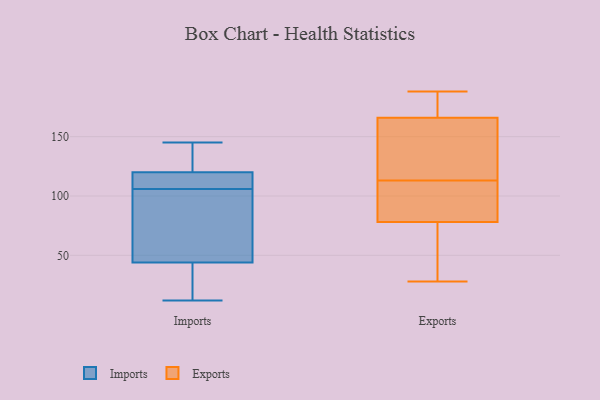
{"axis": {"x": "Churn Rate (%)", "y": "Value"}, "legend": ["Exports", "Imports"], "data": [{"x": "", "y": 42, "type": "Imports"}, {"x": "", "y": 108, "type": "Imports"}, {"x": "", "y": 112, "type": "Imports"}, {"x": "", "y": 12, "type": "Imports"}, {"x": "", "y": 52, "type": "Imports"}, {"x": "", "y": 115, "type": "Imports"}, {"x": "", "y": 44, "type": "Imports"}, {"x": "", "y": 120, "type": "Imports"}, {"x": "", "y": 138, "type": "Imports"}, {"x": "", "y": 134, "type": "Imports"}, {"x": "", "y": 24, "type": "Imports"}, {"x": "", "y": 104, "type": "Imports"}, {"x": "", "y": 145, "type": "Imports"}, {"x": "", "y": 63, "type": "Imports"}, {"x": "", "y": 91, "type": "Exports"}, {"x": "", "y": 101, "type": "Exports"}, {"x": "", "y": 141, "type": "Exports"}, {"x": "", "y": 104, "type": "Exports"}, {"x": "", "y": 143, "type": "Exports"}, {"x": "", "y": 171, "type": "Exports"}, {"x": "", "y": 82, "type": "Exports"}, {"x": "", "y": 28, "type": "Exports"}, {"x": "", "y": 166, "type": "Exports"}, {"x": "", "y": 36, "type": "Exports"}, {"x": "", "y": 122, "type": "Exports"}, {"x": "", "y": 75, "type": "Exports"}, {"x": "", "y": 78, "type": "Exports"}, {"x": "", "y": 169, "type": "Exports"}, {"x": "", "y": 161, "type": "Exports"}, {"x": "", "y": 177, "type": "Exports"}, {"x": "", "y": 48, "type": "Exports"}, {"x": "", "y": 188, "type": "Exports"}]}